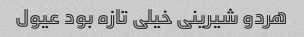
هردو شیرینی خیلی تازه بود عیول